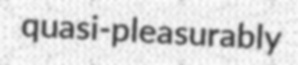
quasi-pleasurably